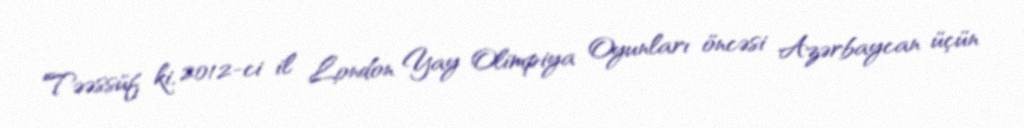
Təəssüf ki, 2012-ci il London Yay Olimpiya Oyunları öncəsi Azərbaycan üçün